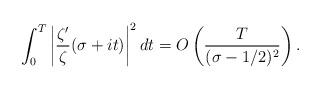
LaTeX: \begin{align*}\int_0^T \left| \frac{\zeta'}{\zeta}(\sigma+it) \right|^2 dt = O\left( \frac{T}{(\sigma-1/2)^2} \right). \end{align*}